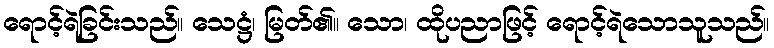
ရောင့်ရဲခြင်းသည်။ သေဋ္ဌံ၊ မြတ်၏။ သော၊ ထိုပညာဖြင့် ရောင့်ရဲသောသူသည်။